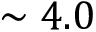
\sim 4 . 0